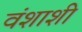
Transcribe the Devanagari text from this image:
वंशाशी